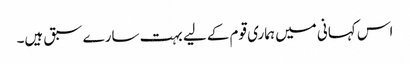
اس کہانی میں ہماری قوم کے لیے بہت سارے سبق ہیں۔